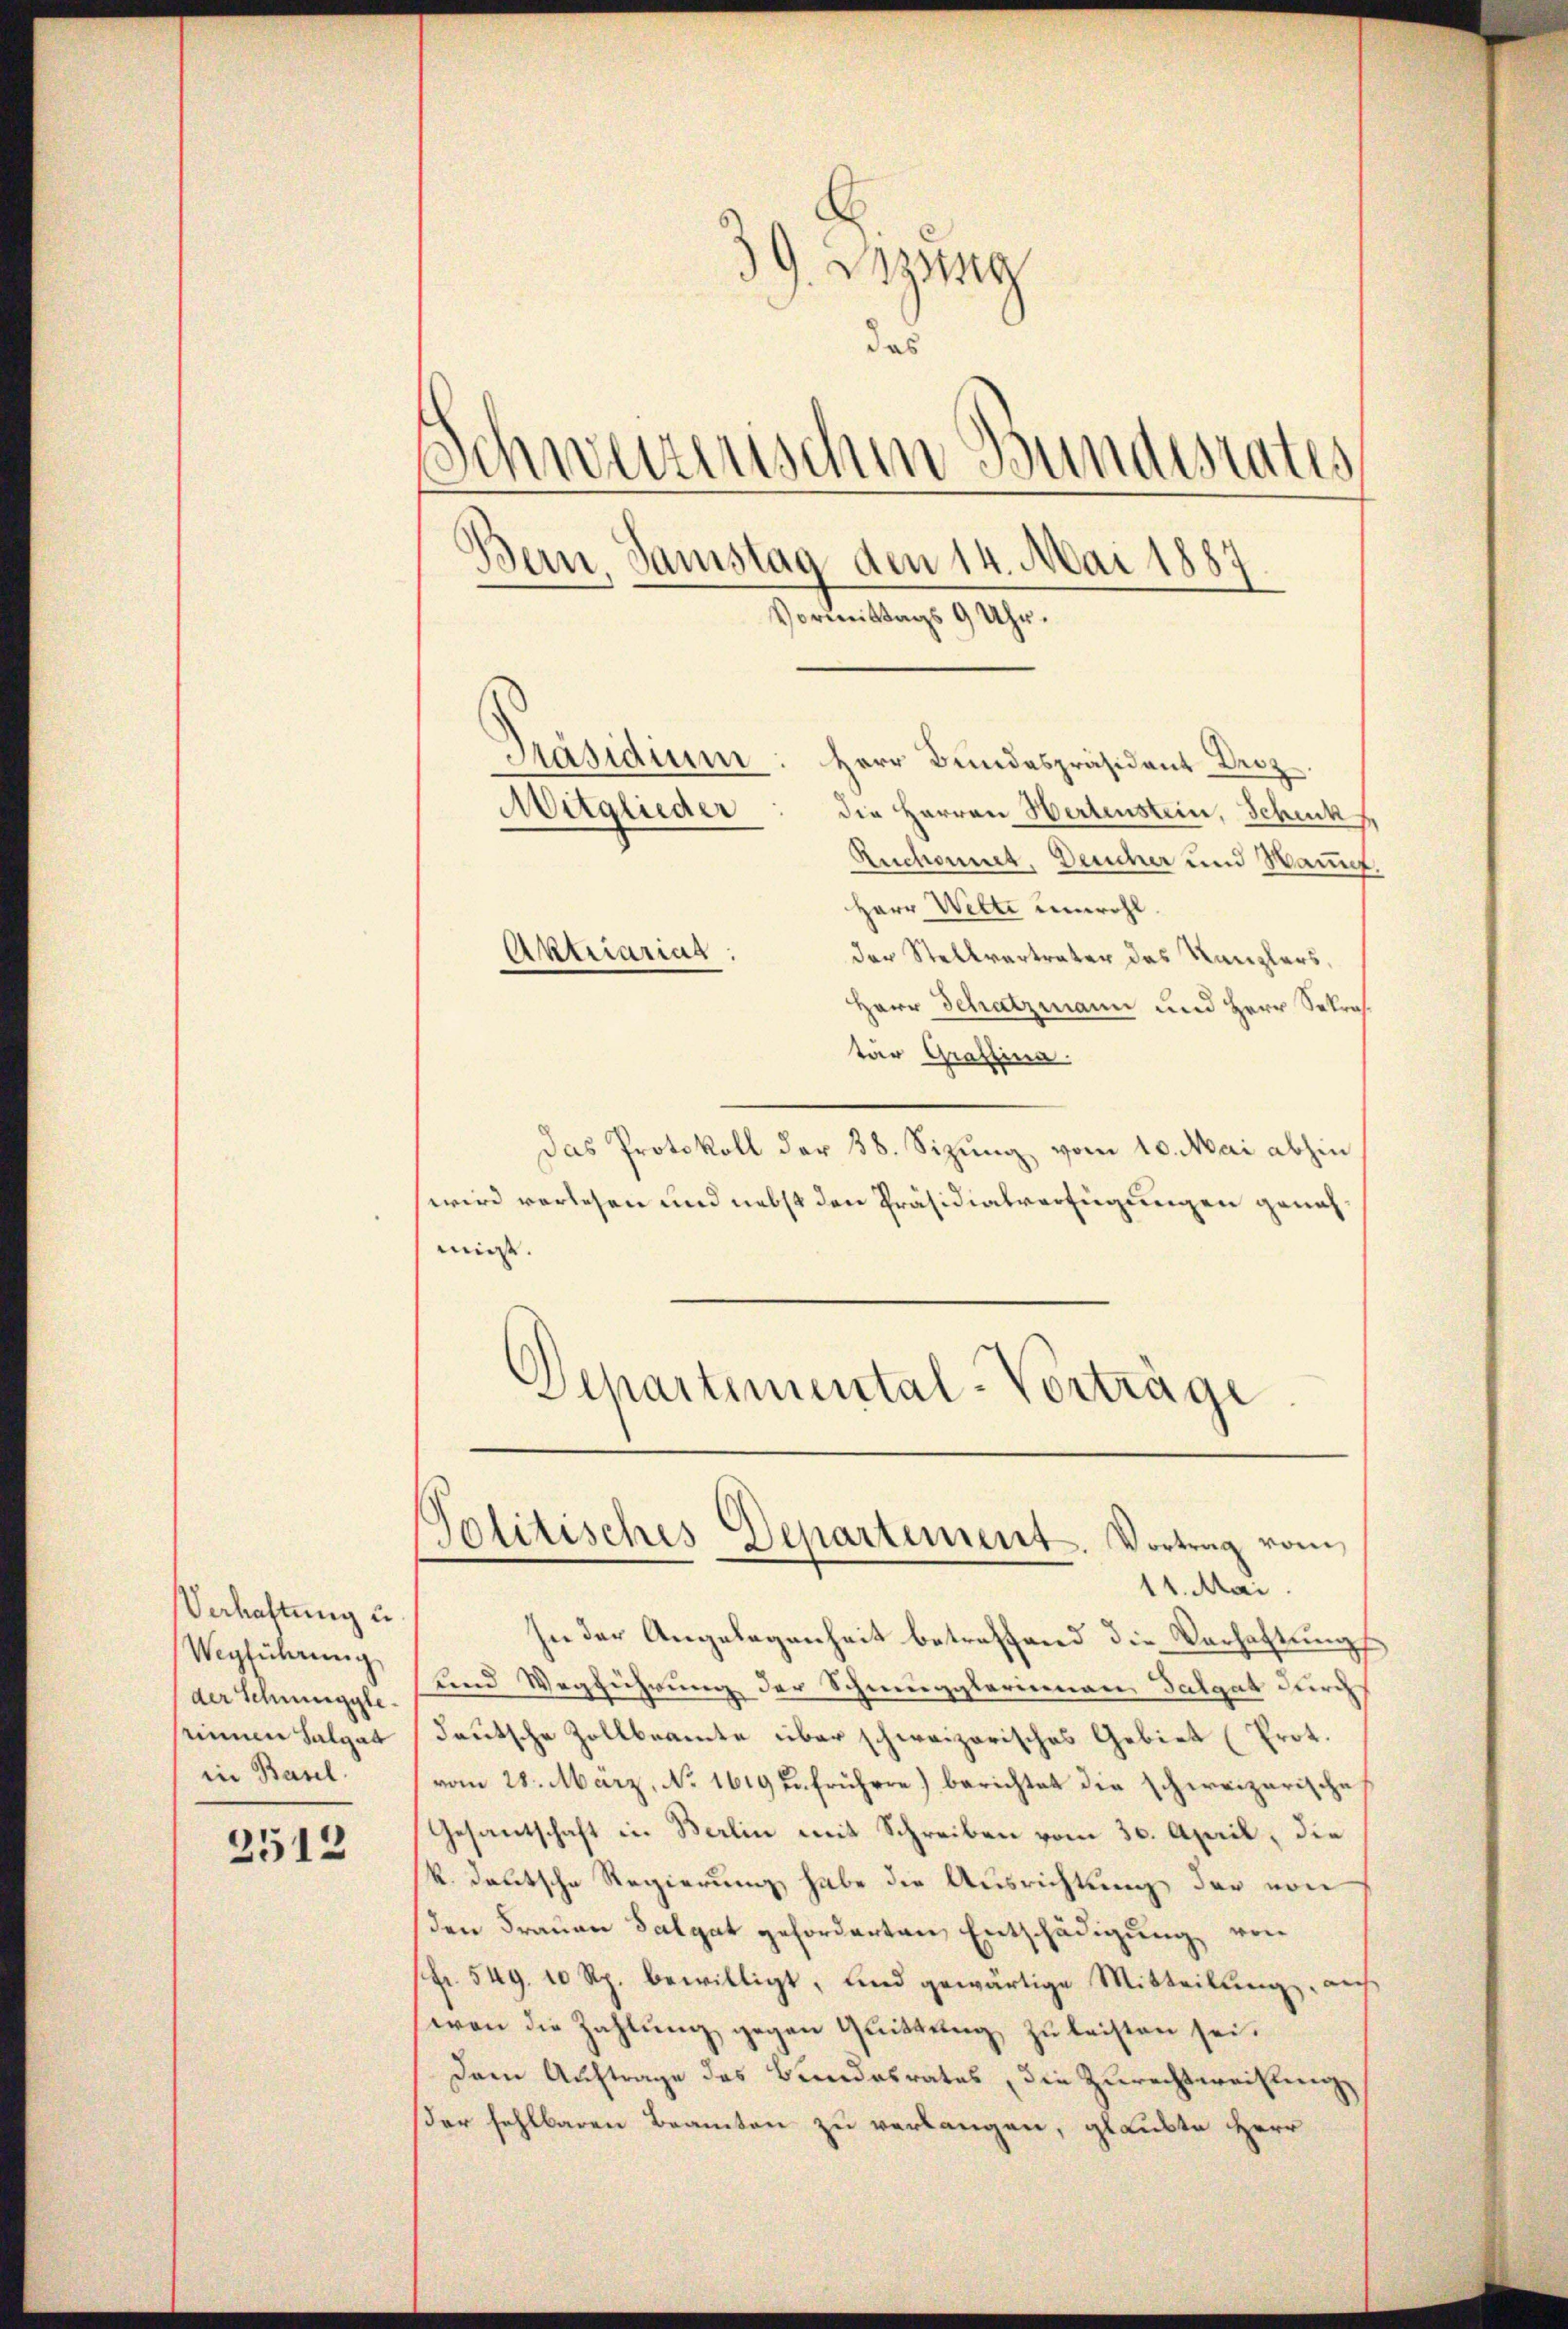
Verhaltung u.
Wegführung
der Schneeggle
seinnen Salgat
in Basel.

2512

d G. Bezeig
das
Schweizerischen Bundesrates
Bern, Samstag den 14. Mai 1883
Vormittags 9 Uhr.

Präsidium: Herr Bundespräsident Droz
die Herren Wertenstein, Schenk
Ruchonnet, Deucher und Wann.
Herr Witte unwohl.
der Stellvertrater das Kanzlers,
Herr Schatzmann und Herr Sekros.
tär Graffina
Das Protokoll der 38. Sizung vom 10. Mai abhin
wird verlesen und nebst den Präsidialverfügungen genahmigt.
s
)
Separtemental-Vorträge

Mitglieder

Aktuariat

Politisches Departement. Vortrag vom
11. Mai

In der Angelegenheit betreffend die Verhaltungs
und Wegführung der Schmugglerinnen Talgal durch
deutsche Zollbeamte über schweizerisches Gebiet (Prot.
vom 28. März, No 1619 zu frühere) berichtet die schweizerische
Gesantschaft in Berlin mit Schreiben vom 30. April, die
k. deutsche Regierung habe die Ausrichtung der von
den Frauen Salat geforderten Entschädigung von
fr. 549. 10 Rp. bewilligt, und gewärtige Mitteilung, auf
won die Zahlung gegen Quittung zu leisten sei.
Dem Auftrage des Bundesrates, die Zurechtereitung,
der fehlbaren Beamten zu verlangen, glaubte Herr